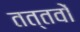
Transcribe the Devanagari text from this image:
तत्तवों